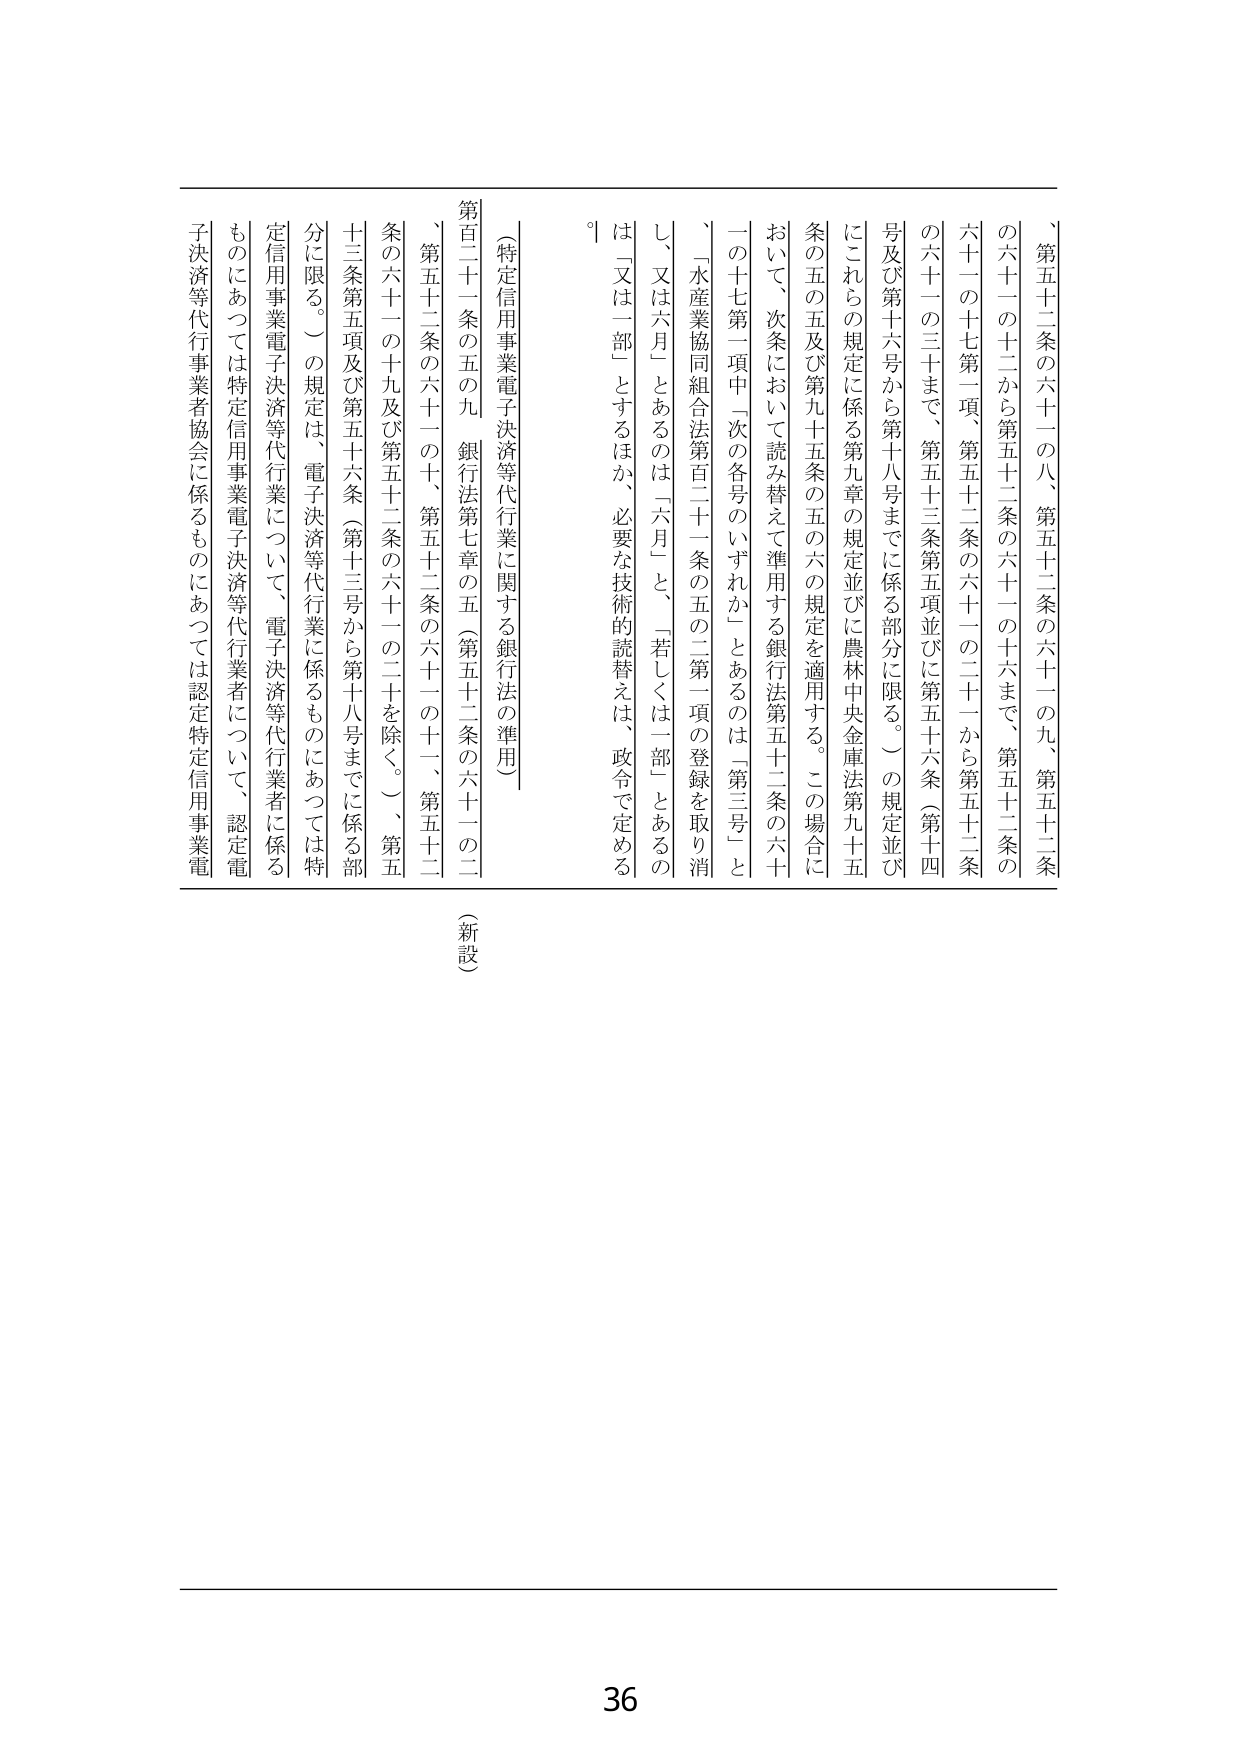
（新設）

〔特定信用事業電子決済等代行業に関する銀行法の準用〕

第百二十一条の五の九　銀行法第七章の五（第五十二条の六十一の二、第五十二条の六十一の十、第五十二条の六十一の十一、第五十二条の六十一の十九及び第五十二条の六十一の二十を除く。）、第五十三条第五項及び第五十六条（第十三号から第十八号までに係る部分に限る。）の規定は、電子決済等代行業に係るものにあっては特定信用事業電子決済等代行業について、電子決済等代行業者に係るものにあっては特定信用事業電子決済等代行業者について、認定電子決済等代行業者協会に係るものにあっては認定特定信用事業電子決済等代行業者協会について、準用する。この場合において、次条において読み替えて準用する銀行法第五十二条の六十の十七第一項中「次の各号のいずれか」とあるのは「第三号」とし、又は六月」とあるのは「六月」と、「若しくは一部」とあるのは「又は一部」とするほか、必要な技術的読替えは、政令で定める。

「第五十二条の六十一の八、第五十二条の六十一の九、第五十二条の六十一の十二から第五十二条の六十一の十六まで、第五十二条の六十一の十七第一項、第五十二条の六十一の二十から第五十二条の六十一の三十まで、第五十三条第五項並びに第五十六条（第十四号及び第十六号から第十八号までに係る部分に限る。）の規定並びにこれらの規定に係る第九章の規定並びに農林中央金庫法第九十五条の五の五及び第九十五条の五の六の規定を適用する。この場合において、次条において読み替えて準用する銀行法第五十二条の六十の十七第一項中「次の各号のいずれか」とあるのは「第三号」とし、「水産業協同組合法第百二十一条の五の二第一項の登録を取り消す」は「又は一部」とするほか、必要な技術的読替えは、政令で定める。

36